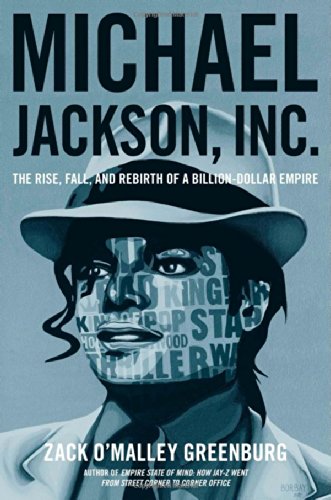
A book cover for Michael Jackson, Inc.: The Rise, Fall, and Rebirth of a Billion-Dollar Empire; Zack O'Malley Greenburg; Arts & Photography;